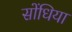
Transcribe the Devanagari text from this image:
सोंधिया